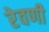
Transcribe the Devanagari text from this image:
रेवणी